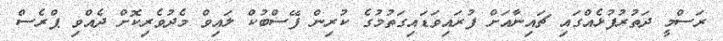
ރަސްމީ ދަތުރުފުޅެއްގައި ޗައިނާއަށް ފުރައިވަޑައިގަތުމުގެ ކުރިން ފޭސްބުކް ލައިވް މެދުވެރިކޮށް ދެއްވި ޕްރެސް